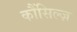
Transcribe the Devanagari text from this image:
कौंसिल्‍ज़